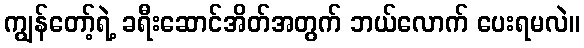
ကျွန်တော့်ရဲ့ ခရီးဆောင်အိတ်အတွက် ဘယ်လောက် ပေးရမလဲ။